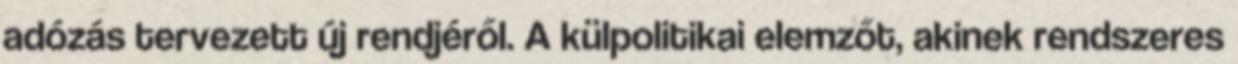
adózás tervezett új rendjéről. A külpolitikai elemzőt, akinek rendszeres